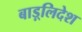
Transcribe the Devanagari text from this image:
बाड़्लिदेश